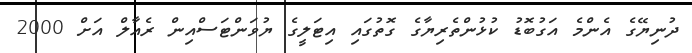
ދުނިޔޭގެ އެންމެ އަގުބޮޑު ކުޅުންތެރިޔާގެ ގޮތުގައި އިޓަލީގެ ޔުވަންޓަސްއިން ރެއާލް އަށް 2000